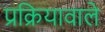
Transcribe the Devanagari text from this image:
प्रक्रियावाले